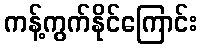
ကန့်ကွက်နိုင်ကြောင်း